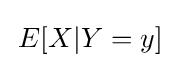
\,E[X|Y=y]